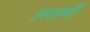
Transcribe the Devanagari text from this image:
लरामी